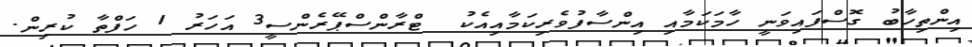
އިންތިހާބު ގޮސްފައިވަނީ ހާމަކަމާއި އިންސާފުވެރިކަމާއިއެކު  ޓްރާންސްޕޭރެންސީ3 އަހަރު 1 ހަފްތާ ކުރިން.